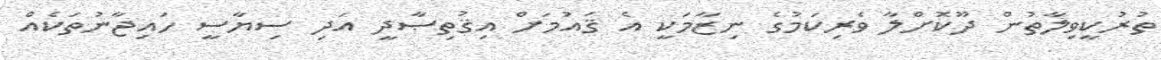
ތުރުކީވިލާތުން ދޫކޮށްލާ ވެރިކަމުގެ ނިޒާމަކީ އެ ޤައުމަށް އިޤުތިޞާދީ އަދި ސިޔާސީ ހައިޖާނުތަކެއް